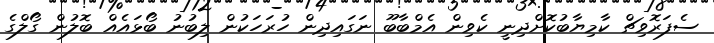
ސެފަރޮވިޗް ކާމިޔާބުކޮށްދިނީ ކެވިން އެމްބާބޫ ނަގައިދިން ހުރަހަކުން ލިބުނު ބޯޅައެއް ބޮލުން ގޯލްގެ